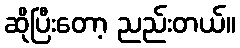
ဆိုပြီးတော့ ညည်းတယ်။